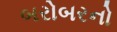
બરોબરનો